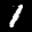
Label: 1